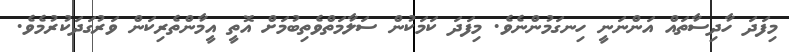
މިފަދަ ހާދިސާތައް އަންނަނީ ހިނގަމުންނެވެ. މިފަދަ ކަމަކުން ސަލާމަތްވެތިބުމަށް އޮތީ އީމާންތެރިކަން ވަރުގަދަކުރުމެވެ.